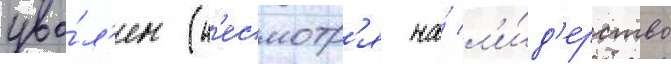
уво́л'ен (н'есмотр'я на́ л'и́д'ерство